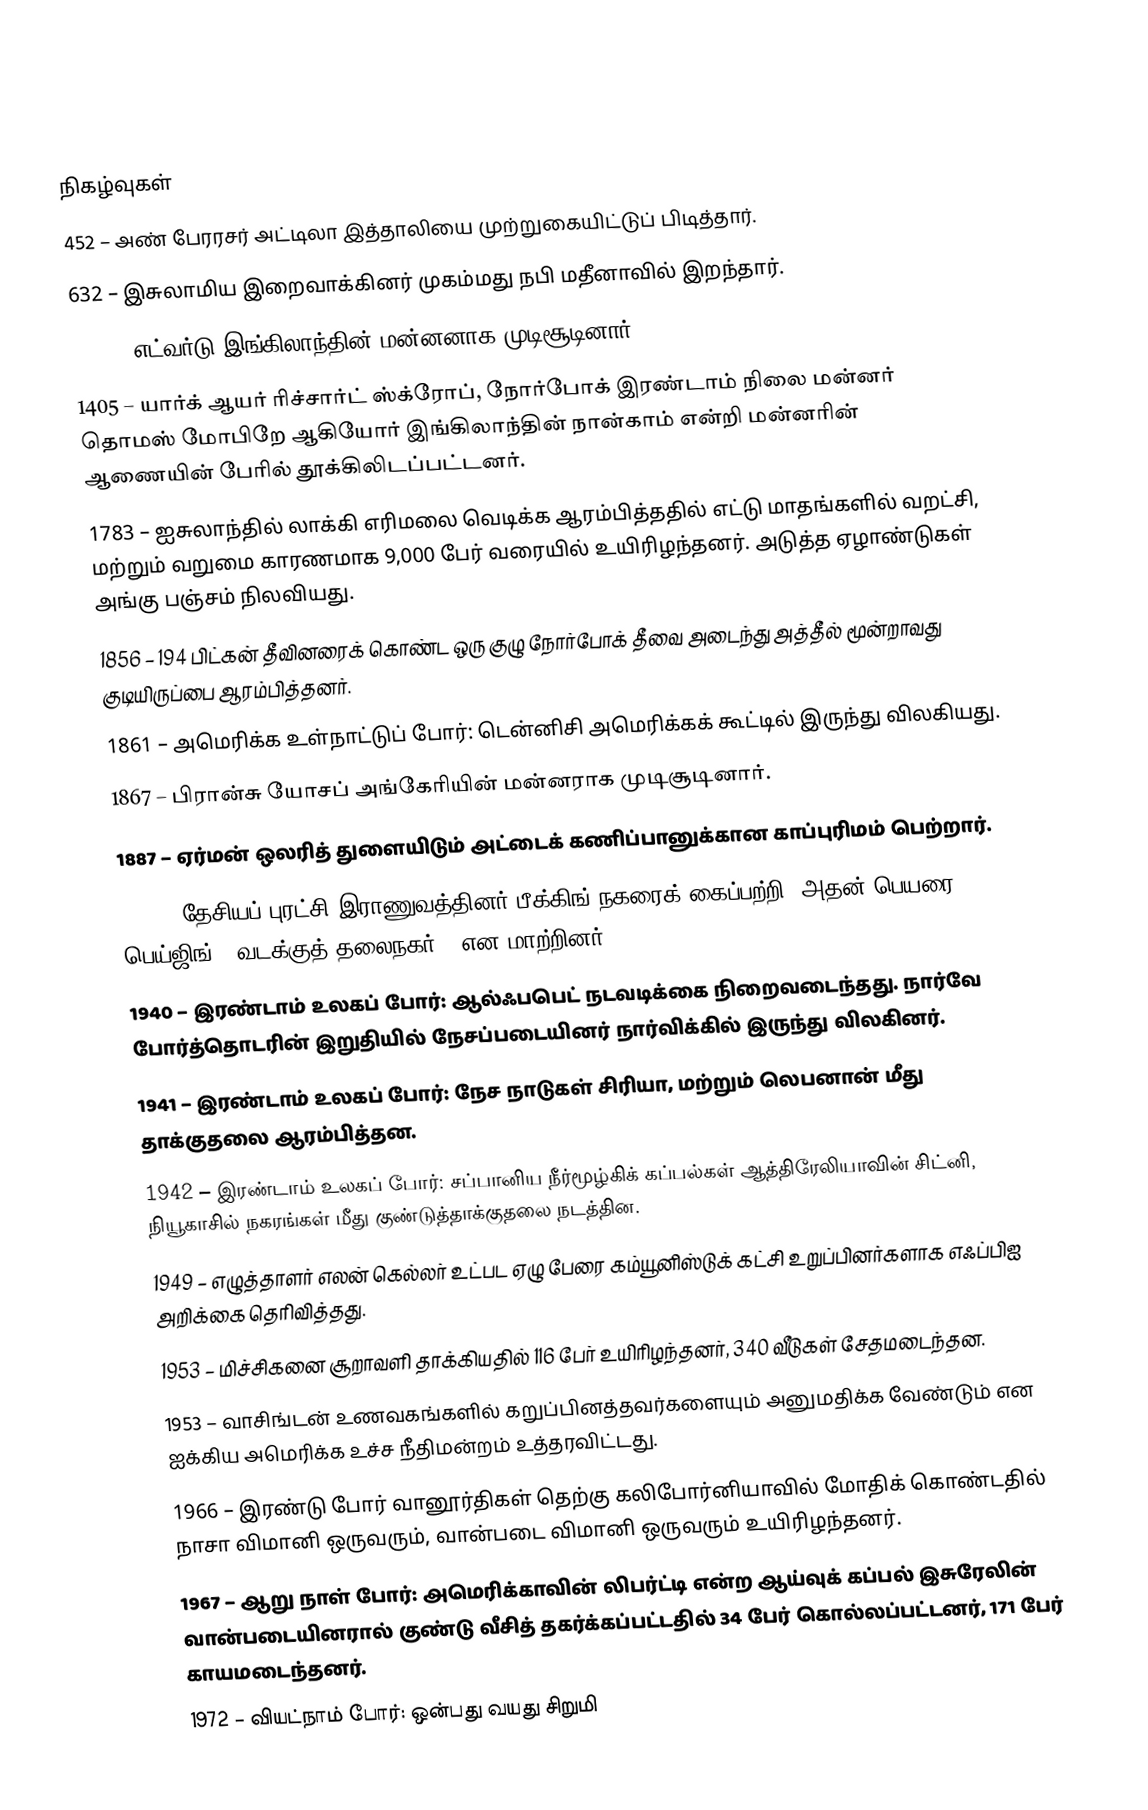

நிகழ்வுகள்
 452 – அண் பேரரசர் அட்டிலா இத்தாலியை முற்றுகையிட்டுப் பிடித்தார்.
 632 – இசுலாமிய இறைவாக்கினர்  முகம்மது நபி மதீனாவில் இறந்தார்.
1042 – எட்வர்டு இங்கிலாந்தின் மன்னனாக முடிசூடினார்.
1405 – யார்க் ஆயர் ரிச்சார்ட் ஸ்க்ரோப், நோர்போக் இரண்டாம் நிலை மன்னர் தொமஸ் மோபிறே ஆகியோர் இங்கிலாந்தின் நான்காம் என்றி மன்னரின் ஆணையின் பேரில் தூக்கிலிடப்பட்டனர்.
1783 – ஐசுலாந்தில் லாக்கி எரிமலை வெடிக்க ஆரம்பித்ததில் எட்டு மாதங்களில் வறட்சி, மற்றும் வறுமை காரணமாக 9,000 பேர் வரையில் உயிரிழந்தனர். அடுத்த ஏழாண்டுகள் அங்கு பஞ்சம் நிலவியது.
1856 – 194 பிட்கன் தீவினரைக் கொண்ட ஒரு குழு நோர்போக் தீவை அடைந்து அத்தீல் மூன்றாவது குடியிருப்பை ஆரம்பித்தனர்.
1861 – அமெரிக்க உள்நாட்டுப் போர்: டென்னிசி அமெரிக்கக் கூட்டில் இருந்து விலகியது.
1867 – பிரான்சு யோசப் அங்கேரியின் மன்னராக முடிசூடினார்.
1887 – ஏர்மன் ஒலரித் துளையிடும் அட்டைக் கணிப்பானுக்கான காப்புரிமம் பெற்றார்.
1928 – தேசியப் புரட்சி இராணுவத்தினர் பீக்கிங் நகரைக் கைப்பற்றி, அதன் பெயரை பெய்ஜிங் ("வடக்குத் தலைநகர்") என மாற்றினர்.
1940 – இரண்டாம் உலகப் போர்: ஆல்ஃபபெட் நடவடிக்கை நிறைவடைந்தது. நார்வே போர்த்தொடரின் இறுதியில் நேசப்படையினர் நார்விக்கில் இருந்து விலகினர்.
1941 – இரண்டாம் உலகப் போர்: நேச நாடுகள் சிரியா, மற்றும் லெபனான் மீது தாக்குதலை ஆரம்பித்தன.
1942 – இரண்டாம் உலகப் போர்: சப்பானிய நீர்மூழ்கிக் கப்பல்கள் ஆத்திரேலியாவின் சிட்னி, நியூகாசில் நகரங்கள் மீது குண்டுத்தாக்குதலை நடத்தின.
1949 – எழுத்தாளர் எலன் கெல்லர் உட்பட ஏழு பேரை கம்யூனிஸ்டுக் கட்சி உறுப்பினர்களாக எஃப்பிஐ அறிக்கை தெரிவித்தது.
1953 – மிச்சிகனை சூறாவளி தாக்கியதில் 116 பேர் உயிரிழந்தனர், 340 வீடுகள் சேதமடைந்தன.
1953 – வாசிங்டன் உணவகங்களில் கறுப்பினத்தவர்களையும் அனுமதிக்க வேண்டும் என ஐக்கிய அமெரிக்க உச்ச நீதிமன்றம் உத்தரவிட்டது.
1966 – இரண்டு போர் வானூர்திகள் தெற்கு கலிபோர்னியாவில் மோதிக் கொண்டதில் நாசா விமானி ஒருவரும், வான்படை விமானி ஒருவரும் உயிரிழந்தனர்.
1967 – ஆறு நாள் போர்: அமெரிக்காவின் லிபர்ட்டி என்ற ஆய்வுக் கப்பல் இசுரேலின் வான்படையினரால் குண்டு வீசித் தகர்க்கப்பட்டதில் 34 பேர் கொல்லப்பட்டனர், 171 பேர் காயமடைந்தனர்.
1972 – வியட்நாம் போர்: ஒன்பது வயது சிறுமி